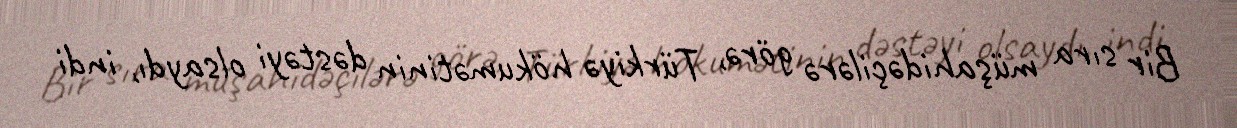
Bir sıra müşahidəçilərə görə, Türkiyə hökumətinin dəstəyi olsaydı, indi